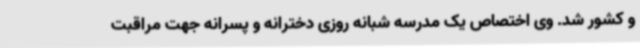
و کشور شد. وی اختصاص یک مدرسه شبانه روزی دخترانه و پسرانه جهت مراقبت